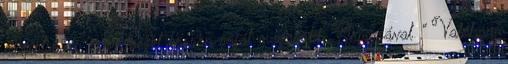
megértse, és szövetséget kössön saját magasabb Önmagával .” Valóban,